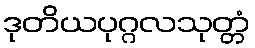
ဒုတိယပုဂ္ဂလသုတ္တံ